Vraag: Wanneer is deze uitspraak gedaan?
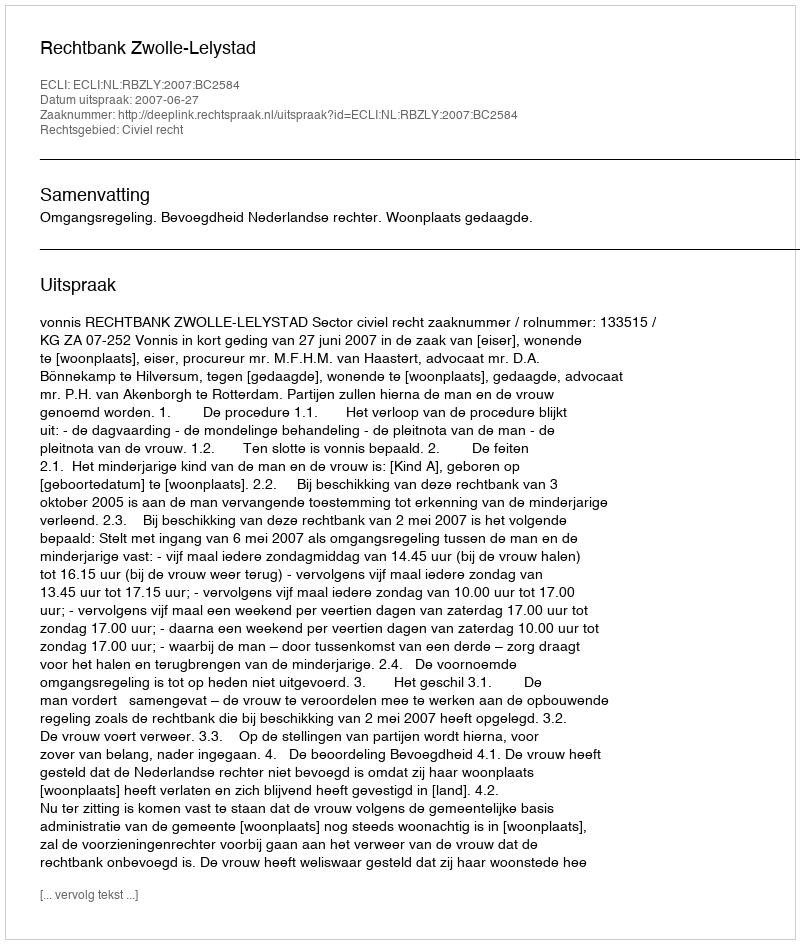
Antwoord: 2007-06-27